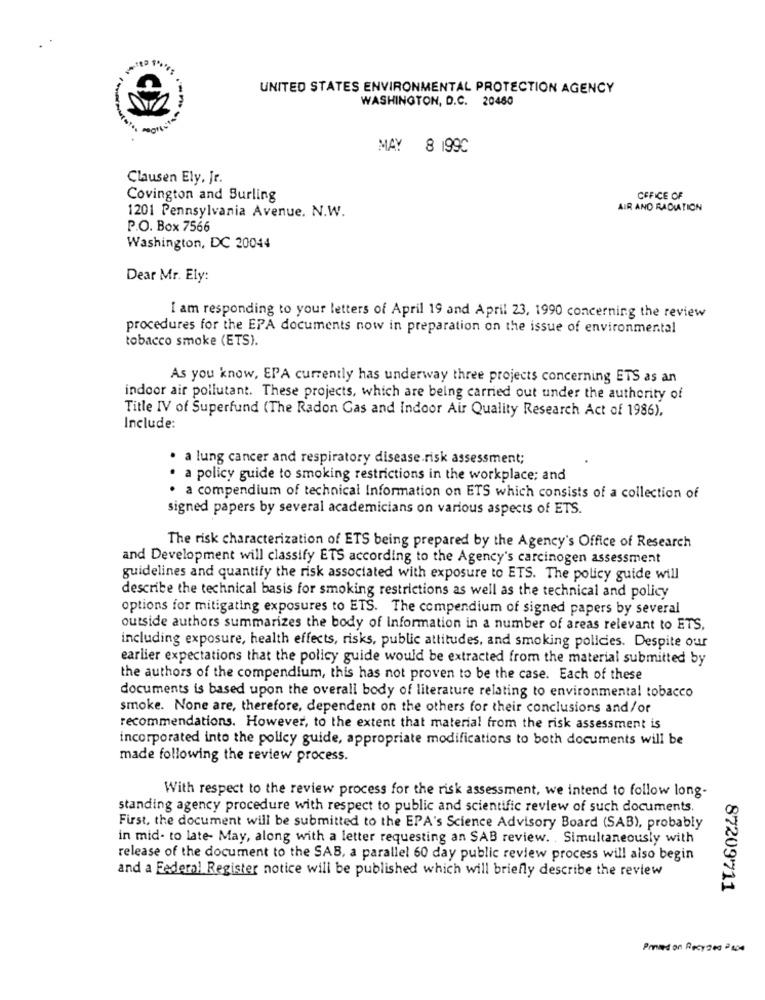
UNITED STATES ENVIRONMENTAL PROTECTION AGENCY
WASHINGTON, D.C. 20460
MAY 8 199C
Clausen Ely, Jr.
Covington and Burling
OFFICE OF
AIR AND RADIATION
1201 Pennsylvania Avenue. N.W.
P.O. Box 7566
Washington, DC 20044
Dear Mr. Ely:
I am responding to your letters of April 19 and April 23, 1990 concerning the review
procedures for the EPA documents now in preparation on the issue of environmental
tobacco smoke (ETS).
As you know, EPA currently has underway three projects concerning ETS as an
indoor air pollutant. These projects, which are being carried out under the authority of
Title IV of Superfund (The Radon Gas and Indoor Air Quality Research Act of 1986),
Include:
· a lung cancer and respiratory disease.risk assessment;
. a policy guide to smoking restrictions in the workplace; and
· a compendium of technical Information on ETS which consists of a collection of
signed papers by several academicians on various aspects of ETS.
The risk characterization of ETS being prepared by the Agency's Office of Research
and Development will classify ETS according to the Agency's carcinogen assessment
guidelines and quantify the risk associated with exposure to ETS. The policy guide will
describe the technical basis for smoking restrictions as well as the technical and policy
options for mitigating exposures to ETS. The compendium of signed papers by several
outside authors summarizes the body of Information in a number of areas relevant to ETS,
including exposure, health effects, risks, public attitudes, and smoking policies. Despite our
earlier expectations that the policy guide would be extracted from the material submitted by
the authors of the compendium, this has not proven to be the case. Each of these
documents is based upon the overall body of literature relating to environmental tobacco
smoke. None are, therefore, dependent on the others for their conclusions and/or
recommendations. However, to the extent that material from the risk assessment is
incorporated into the policy guide, appropriate modifications to both documents will be
made following the review process.
With respect to the review process for the risk assessment, we intend to follow long-
standing agency procedure with respect to public and scientific review of such documents.
First, the document will be submitted to the EPA's Science Advisory Board (SAB), probably
in mid- to late- May, along with a letter requesting an SAB review. . Simultaneously with
release of the document to the SAB, a parallel 60 day public review process will also begin
and a Federal Register notice will be published which will briefly describe the review
87209711
Proses on Recy 200 -400